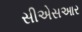
સીએસઆર